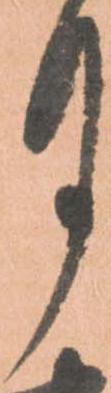
月